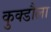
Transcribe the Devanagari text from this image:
कुक्डौला